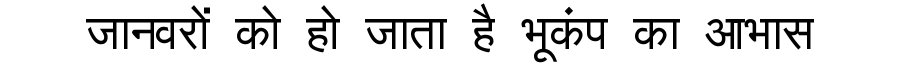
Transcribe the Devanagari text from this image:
जानवरों को हो जाता है भूकंप का आभास